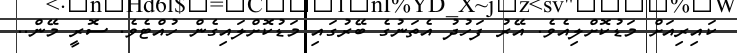
ކައިރިއަށް މަޑުކޮށްލިއެވެ. އޭރު ފަހުދު އެތަނުގެ ބޭރުގައި މަޑުކޮށްލައިގެން ހުއްޓެވެ. ސޮރީ މޭން..